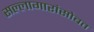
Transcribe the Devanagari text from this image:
सल्लागारांसोबत